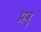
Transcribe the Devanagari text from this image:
प्रवृ